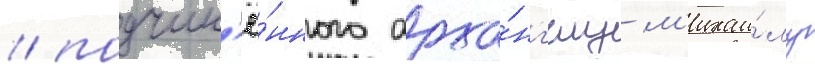
/ подчин'ё́нного арха́нг'елу м'ихаи́лу